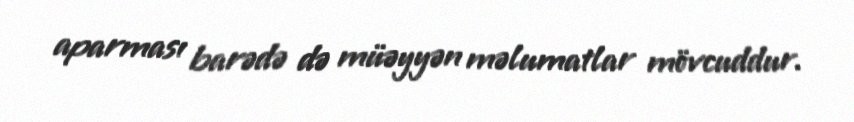
aparması barədə də müəyyən məlumatlar mövcuddur.